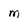
Character: M